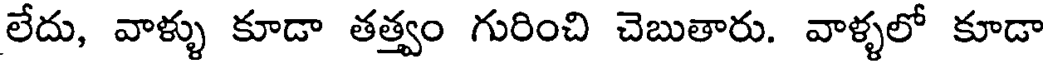
లేదు, వాళ్ళు కూడా తత్త్వం గురించి చెబుతారు. వాళ్ళలో కూడా